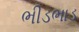
ભીડભાડ